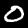
Label: 0